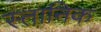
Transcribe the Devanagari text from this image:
स्तानिक